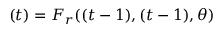
\r ( t ) = F _ { r } ( \r ( t - 1 ) , \u ( t - 1 ) , \theta )